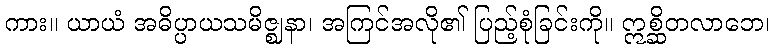
ကား။ ယာယံ အဓိပ္ပာယသမိဇ္ဈနာ၊ အကြင်အလို၏ ပြည့်စုံခြင်းကို။ ဣစ္ဆိတလာဘေ၊